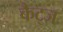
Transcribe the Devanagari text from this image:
कैट्ज